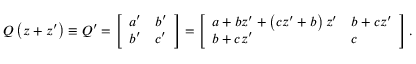
Q \left( z + z ^ { \prime } \right) \equiv Q ^ { \prime } = \left[ \begin{array} { l l } { a ^ { \prime } } & { b ^ { \prime } } \\ { b ^ { \prime } } & { c ^ { \prime } } \end{array} \right] = \left[ \begin{array} { l l } { a + b z ^ { \prime } + \left( c z ^ { \prime } + b \right) z ^ { \prime } } & { b + c z ^ { \prime } } \\ { b + c z ^ { \prime } } & { c } \end{array} \right] .